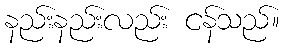
နည်းနည်းလည်း ငန်သည်။